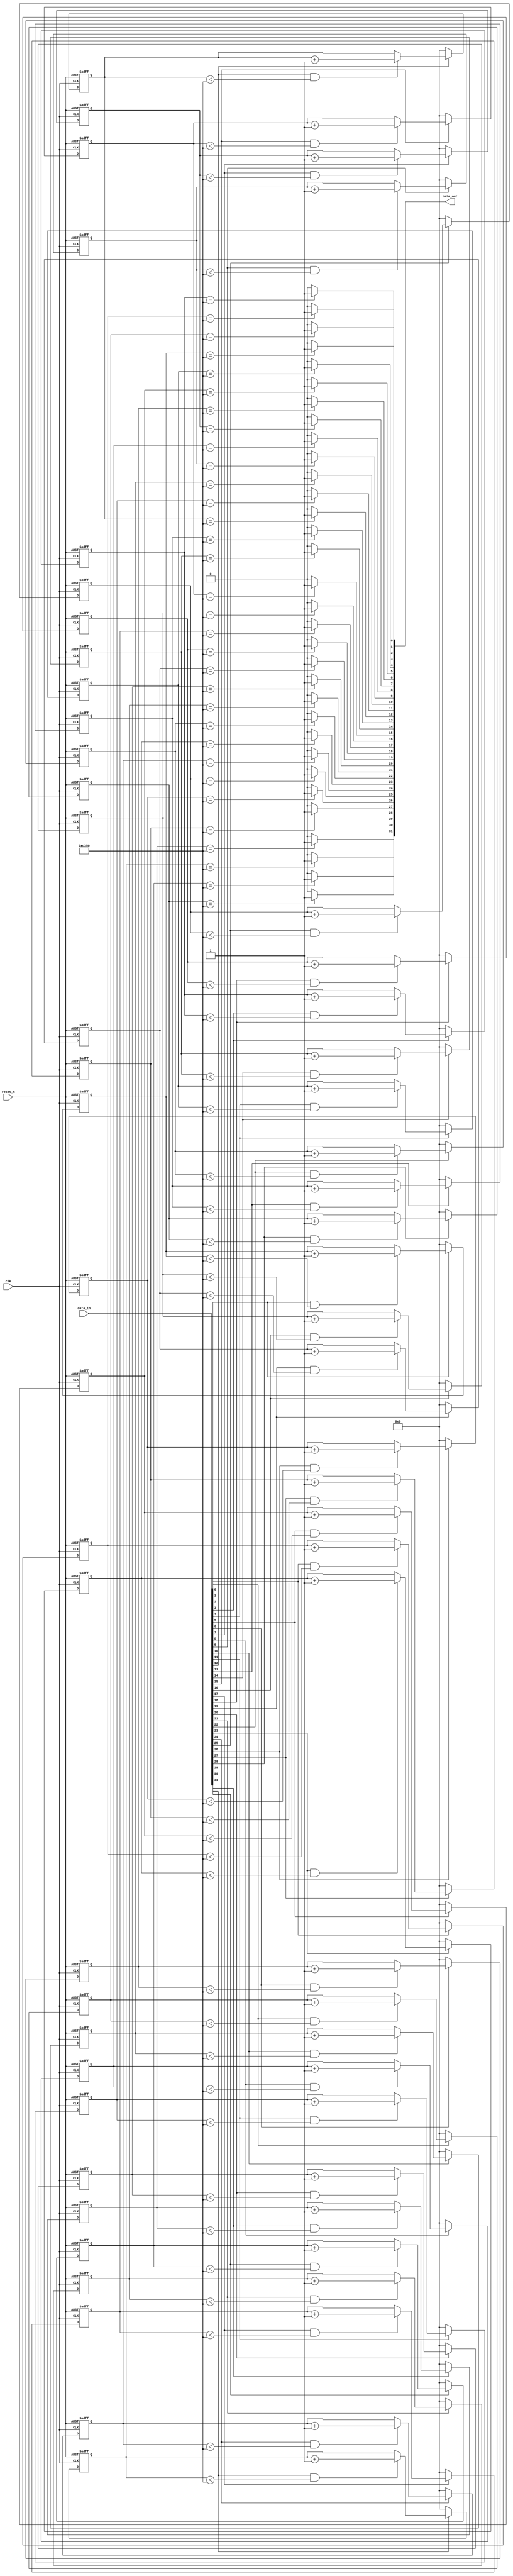
// This program was cloned from: https://github.com/cxdzyq1110/posture_recognition_CNN
// License: GNU General Public License v3.0

//Legal Notice: (C)2013 Altera Corporation. All rights reserved.  Your
//use of Altera Corporation's design tools, logic functions and other
//software and tools, and its AMPP partner logic functions, and any
//output files any of the foregoing (including device programming or
//simulation files), and any associated documentation or information are
//expressly subject to the terms and conditions of the Altera Program
//License Subscription Agreement or other applicable license agreement,
//including, without limitation, that your use is for the sole purpose
//of programming logic devices manufactured by Altera and sold by Altera
//or its authorized distributors.  Please refer to the applicable
//agreement for further details.

module debounce (
  clk,
  reset_n,
  data_in,
  data_out
);

  parameter WIDTH = 32;           // set to be the width of the bus being debounced
  parameter POLARITY = "HIGH";    // set to be "HIGH" for active high debounce or "LOW" for active low debounce
  parameter TIMEOUT = 50000;      // number of input clock cycles the input signal needs to be in the active state
  parameter TIMEOUT_WIDTH = 16;   // set to be ceil(log2(TIMEOUT))
  
  input wire clk;
  input wire reset_n;
  
  input wire [WIDTH-1:0] data_in;
  output wire [WIDTH-1:0] data_out;
  
  reg [TIMEOUT_WIDTH-1:0] counter [0:WIDTH-1];
  wire counter_reset [0:WIDTH-1];
  wire counter_enable [0:WIDTH-1];
  
  // need one counter per input to debounce
  genvar i;
  generate for (i = 0; i < WIDTH; i = i+1)
  begin:  debounce_counter_loop
    always @ (posedge clk or negedge reset_n)
    begin
      if (reset_n == 0)
      begin
        counter[i] <= 0;
      end
      else
      begin
        if (counter_reset[i] == 1)  // resetting the counter needs to win
        begin
          counter[i] <= 0;
        end
        else if (counter_enable[i] == 1)
        begin
          counter[i] <= counter[i] + 1'b1;
        end
      end
    end
 
    if (POLARITY == "HIGH")
    begin
      assign counter_reset[i] = (data_in[i] == 0);
      assign counter_enable[i] = (data_in[i] == 1) & (counter[i] < TIMEOUT);
      assign data_out[i] = (counter[i] == TIMEOUT) ? 1'b1 : 1'b0;
    end
    else
    begin
      assign counter_reset[i] = (data_in[i] == 1);
      assign counter_enable[i] = (data_in[i] == 0) & (counter[i] < TIMEOUT);
      assign data_out[i] = (counter[i] == TIMEOUT) ? 1'b0 : 1'b1;    
    end
    
  end  
  endgenerate
  
endmodule